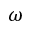
\omega